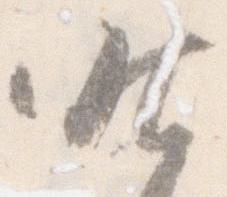
昨